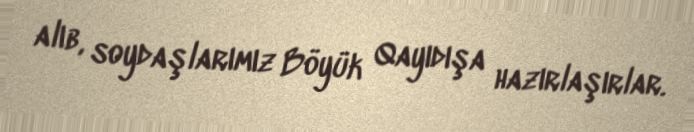
alıb, soydaşlarımız Böyük Qayıdışa hazırlaşırlar.